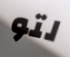
لتو